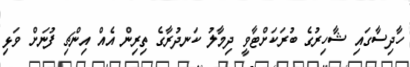
ހާދިސާގައި ޝާހިރުގެ ބުރަކަށްޓާވީ ދިމާލު ކަނދުރާގެ ތިރިން އެއް އިންޗި ފުނަށް ވަޅި